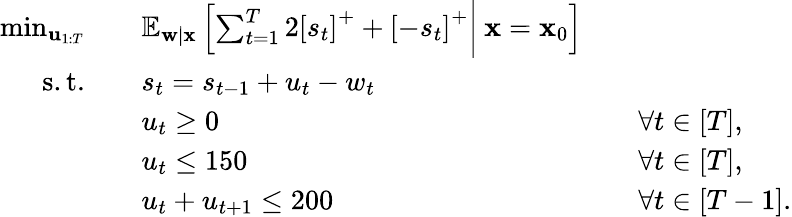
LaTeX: \begin{array}{rlrl}{\operatorname*{min}_{{\mathbf u}_{1:T}}\quad}&{\mathbb{E}_{{\mathbf w}|{\mathbf x}}\left[\sum_{t=1}^{T}2\left[s_{t}\right]^{+}+\left[-s_{t}\right]^{+}\bigg\vert\: {\mathbf x}={\mathbf x}_{0}\right]}\\ {\mathrm{s.t.}\quad}&{s_{t}=s_{t-1}+u_{t}-w_{t}}\\ &{u_{t}\geq 0}&&{\forall t\in[T],}\\ &{u_{t}\leq 150}&&{\forall t\in[T],}\\ &{u_{t}+u_{t+1}\leq 200}&&{\forall t\in[T-1].}\end{array}